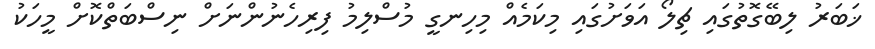
ޚަބަރު ލިބޭގޮތުގައި ޗިލޯ އަވަށުގައި މިކަމެއް މިހިނގީ މުސްލިމު ފިރިހެނުންނަށް ނިސްބަތްކޮށް މީހަކު